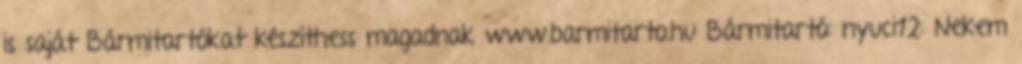
is saját Bármitartókat készíthess magadnak www.barmitarto.hu Bármitartó: nyuci12: Nekem